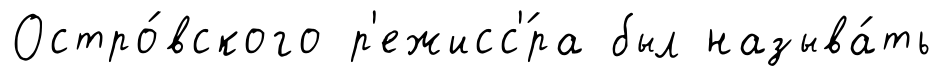
Остро́вского р'ежисс'́ра был называ́ть